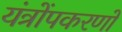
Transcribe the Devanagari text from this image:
यंत्रोंपकरणों